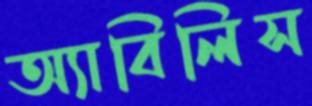
অ্যাবিলিস